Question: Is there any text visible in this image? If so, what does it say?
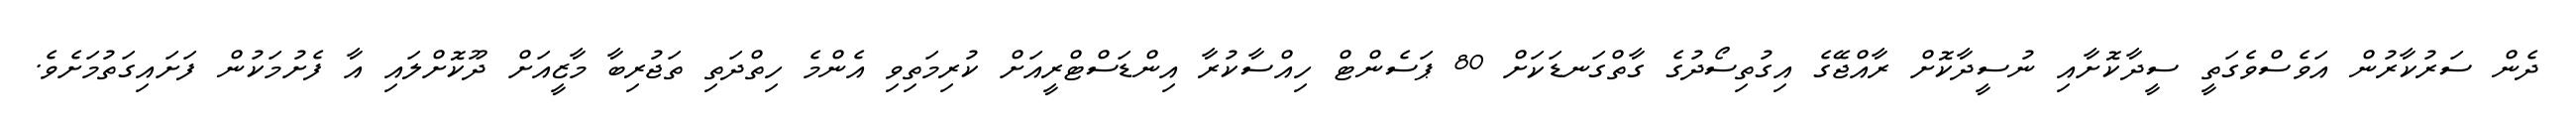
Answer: ދެން ސަރުކާރުން އަވެސްވެގަތީ ސީދާކޮށާއި ނުސީދާކޮށް ރާއްޖޭގެ އިގުތިސޯދުގެ ގާތްގަނޑަކަށް 80 ޕަސެންޓް ހިއްސާކުރާ އިންޑަސްޓްރީއަށް ކުރިމަތިވި އެންމެ ހިތްދަތި ތަޖުރިބާ މާޒީއަށް ދޫކޮށްލައި އާ ފެށުމަކުން ފަށައިގަތުމަށެވެ.